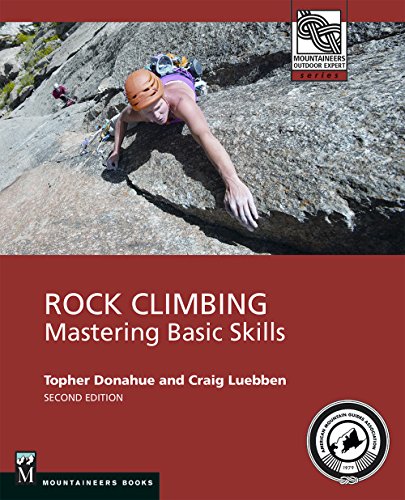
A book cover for Rock Climbing: Mastering Basic Skills (Mountaineers Outdoor Experts); Topher Donahue; Sports & Outdoors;